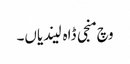
وچ منجی ڈاہ لیندیاں۔